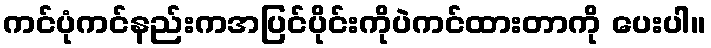
ကင်ပုံကင်နည်းကအပြင်ပိုင်းကိုပဲကင်ထားတာကို ပေးပါ။